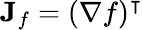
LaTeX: \mathbf{J}_{f}=(\nabla f)^{\intercal}